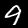
Label: 9